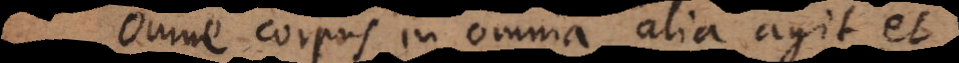
Omne corpus in omnia alia agit et